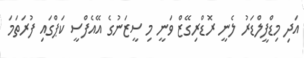
އަދި މިޑްފީލްޑަރު ލެނީ ރޮޑްރިގޭޒް ވަނީ މި ސީޒަނުގެ އޭއެފްސީ ކަޕްގައި ފުރަތަމަ